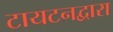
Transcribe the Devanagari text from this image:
टायटनद्वारा